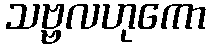
သဗ္ဗလဟုကော